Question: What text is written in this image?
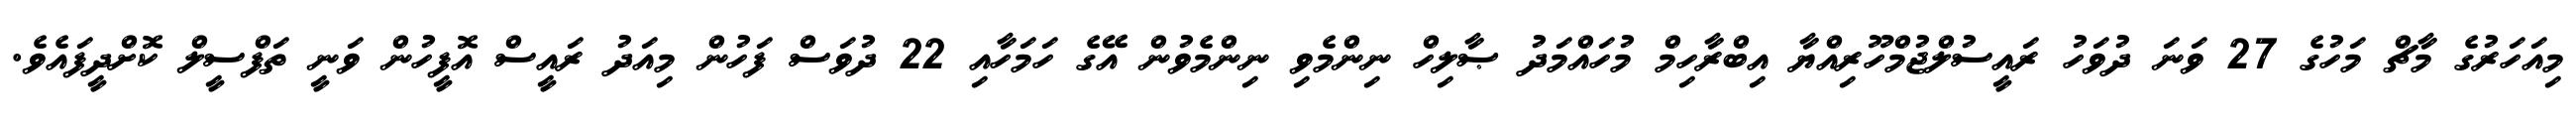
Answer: މިއަހަރުގެ މާޗް މަހުގެ 27 ވަނަ ދުވަހު ރައީސުލްޖުމްހޫރިއްޔާ އިބްރާހިމް މުހައްމަދު ޞާލިހް ނިންމެވި ނިންމެވުން އޭގެ ހަމަހާއި 22 ދުވަސް ފަހުން މިއަދު ރައީސް އޮފީހުން ވަނީ ތަފްސީލް ކޮށްދީފައެވެ.